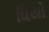
ધિયો